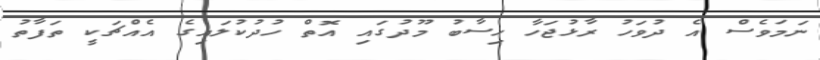
ނަމަވެސް އެ ދުވަހު ރާޅުޖަހާ ހިސާބު މޫދުގައި އޮތް ހުދުކުލައިގެ އެއްޗަކީ ތަފާތު